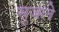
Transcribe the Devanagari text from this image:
सुजले